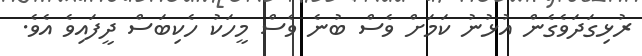
ރުޅިގަދަވެގެން އުޅުނު ކަމަށް ވެސް ބުނެ ވެސް މީހަކު ހެކިބަސް ދީފައިވެ އެވެ.